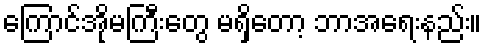
ကြောင်အိုမကြီးတွေ မရှိတော့ ဘာအရေးနည်း။